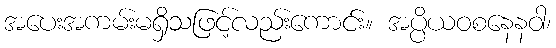
အပေးအကမ်းမရှိသဖြင့်လည်းကောင်း။ အပ္ပိယဝစနေနဝါ၊